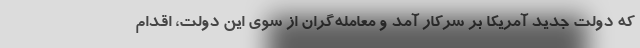
که دولت جدید آمریکا بر سرکار آمد و معامله‌گران از سوی این دولت، اقدام